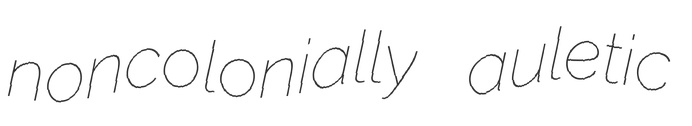
noncolonially auletic